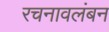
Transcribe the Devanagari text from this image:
रचनावलंबन